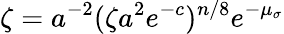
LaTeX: \zeta=a^{-2}(\zeta a^{2}e^{-c})^{n/8}e^{-\mu_{\sigma}}